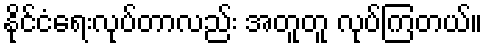
နိုင်ငံရေးလုပ်တာလည်း အတူတူ လုပ်ကြတယ်။